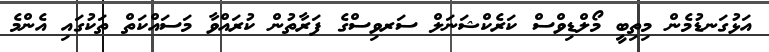
އަޅުގަނޑުމެން މިތިބީ މޯލްޑިވްސް ކަރެކްޝަނަލް ސަރވިސްގެ ފަރާތުން ކުރައްވާ މަސައްކަތް ތަކުގައި އެންމެ